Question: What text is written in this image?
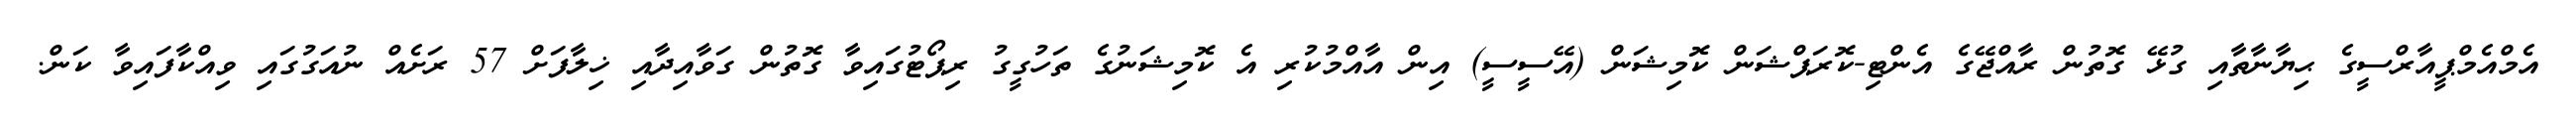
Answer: އެމްއެމްޕީއާރްސީގެ ޙިޔާނާތާއި ގުޅޭ ގޮތުން ރާއްޖޭގެ އެންޓި-ކޮރަޕްޝަން ކޮމިޝަން (އޭސީސީ) އިން އާއްމުކުރި އެ ކޮމިޝަނުގެ ތަހުގީގު ރިޕޯޓުގައިވާ ގޮތުން ގަވާއިދާއި ޚިލާފަށް 57 ރަށެއް ނުއަގުގައި ވިއްކާފައިވާ ކަން.